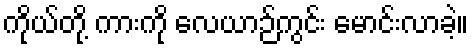
ကိုယ်တို့ ကားကို လေယာဉ်ကွင်း မောင်းလာခဲ့။